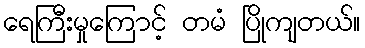
ရေကြီးမှုကြောင့် တမံ ပြိုကျတယ်။